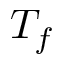
T _ { f }